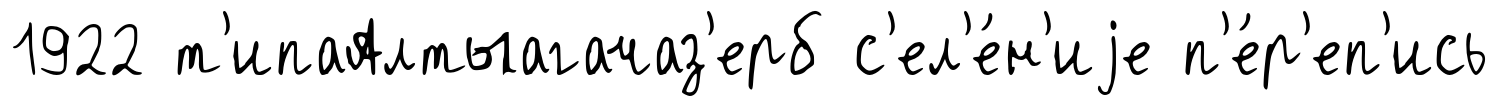
1922 т'ипаАлтыагачаз'ерб с'ел'е́н'иjе п'е́р'еп'ись